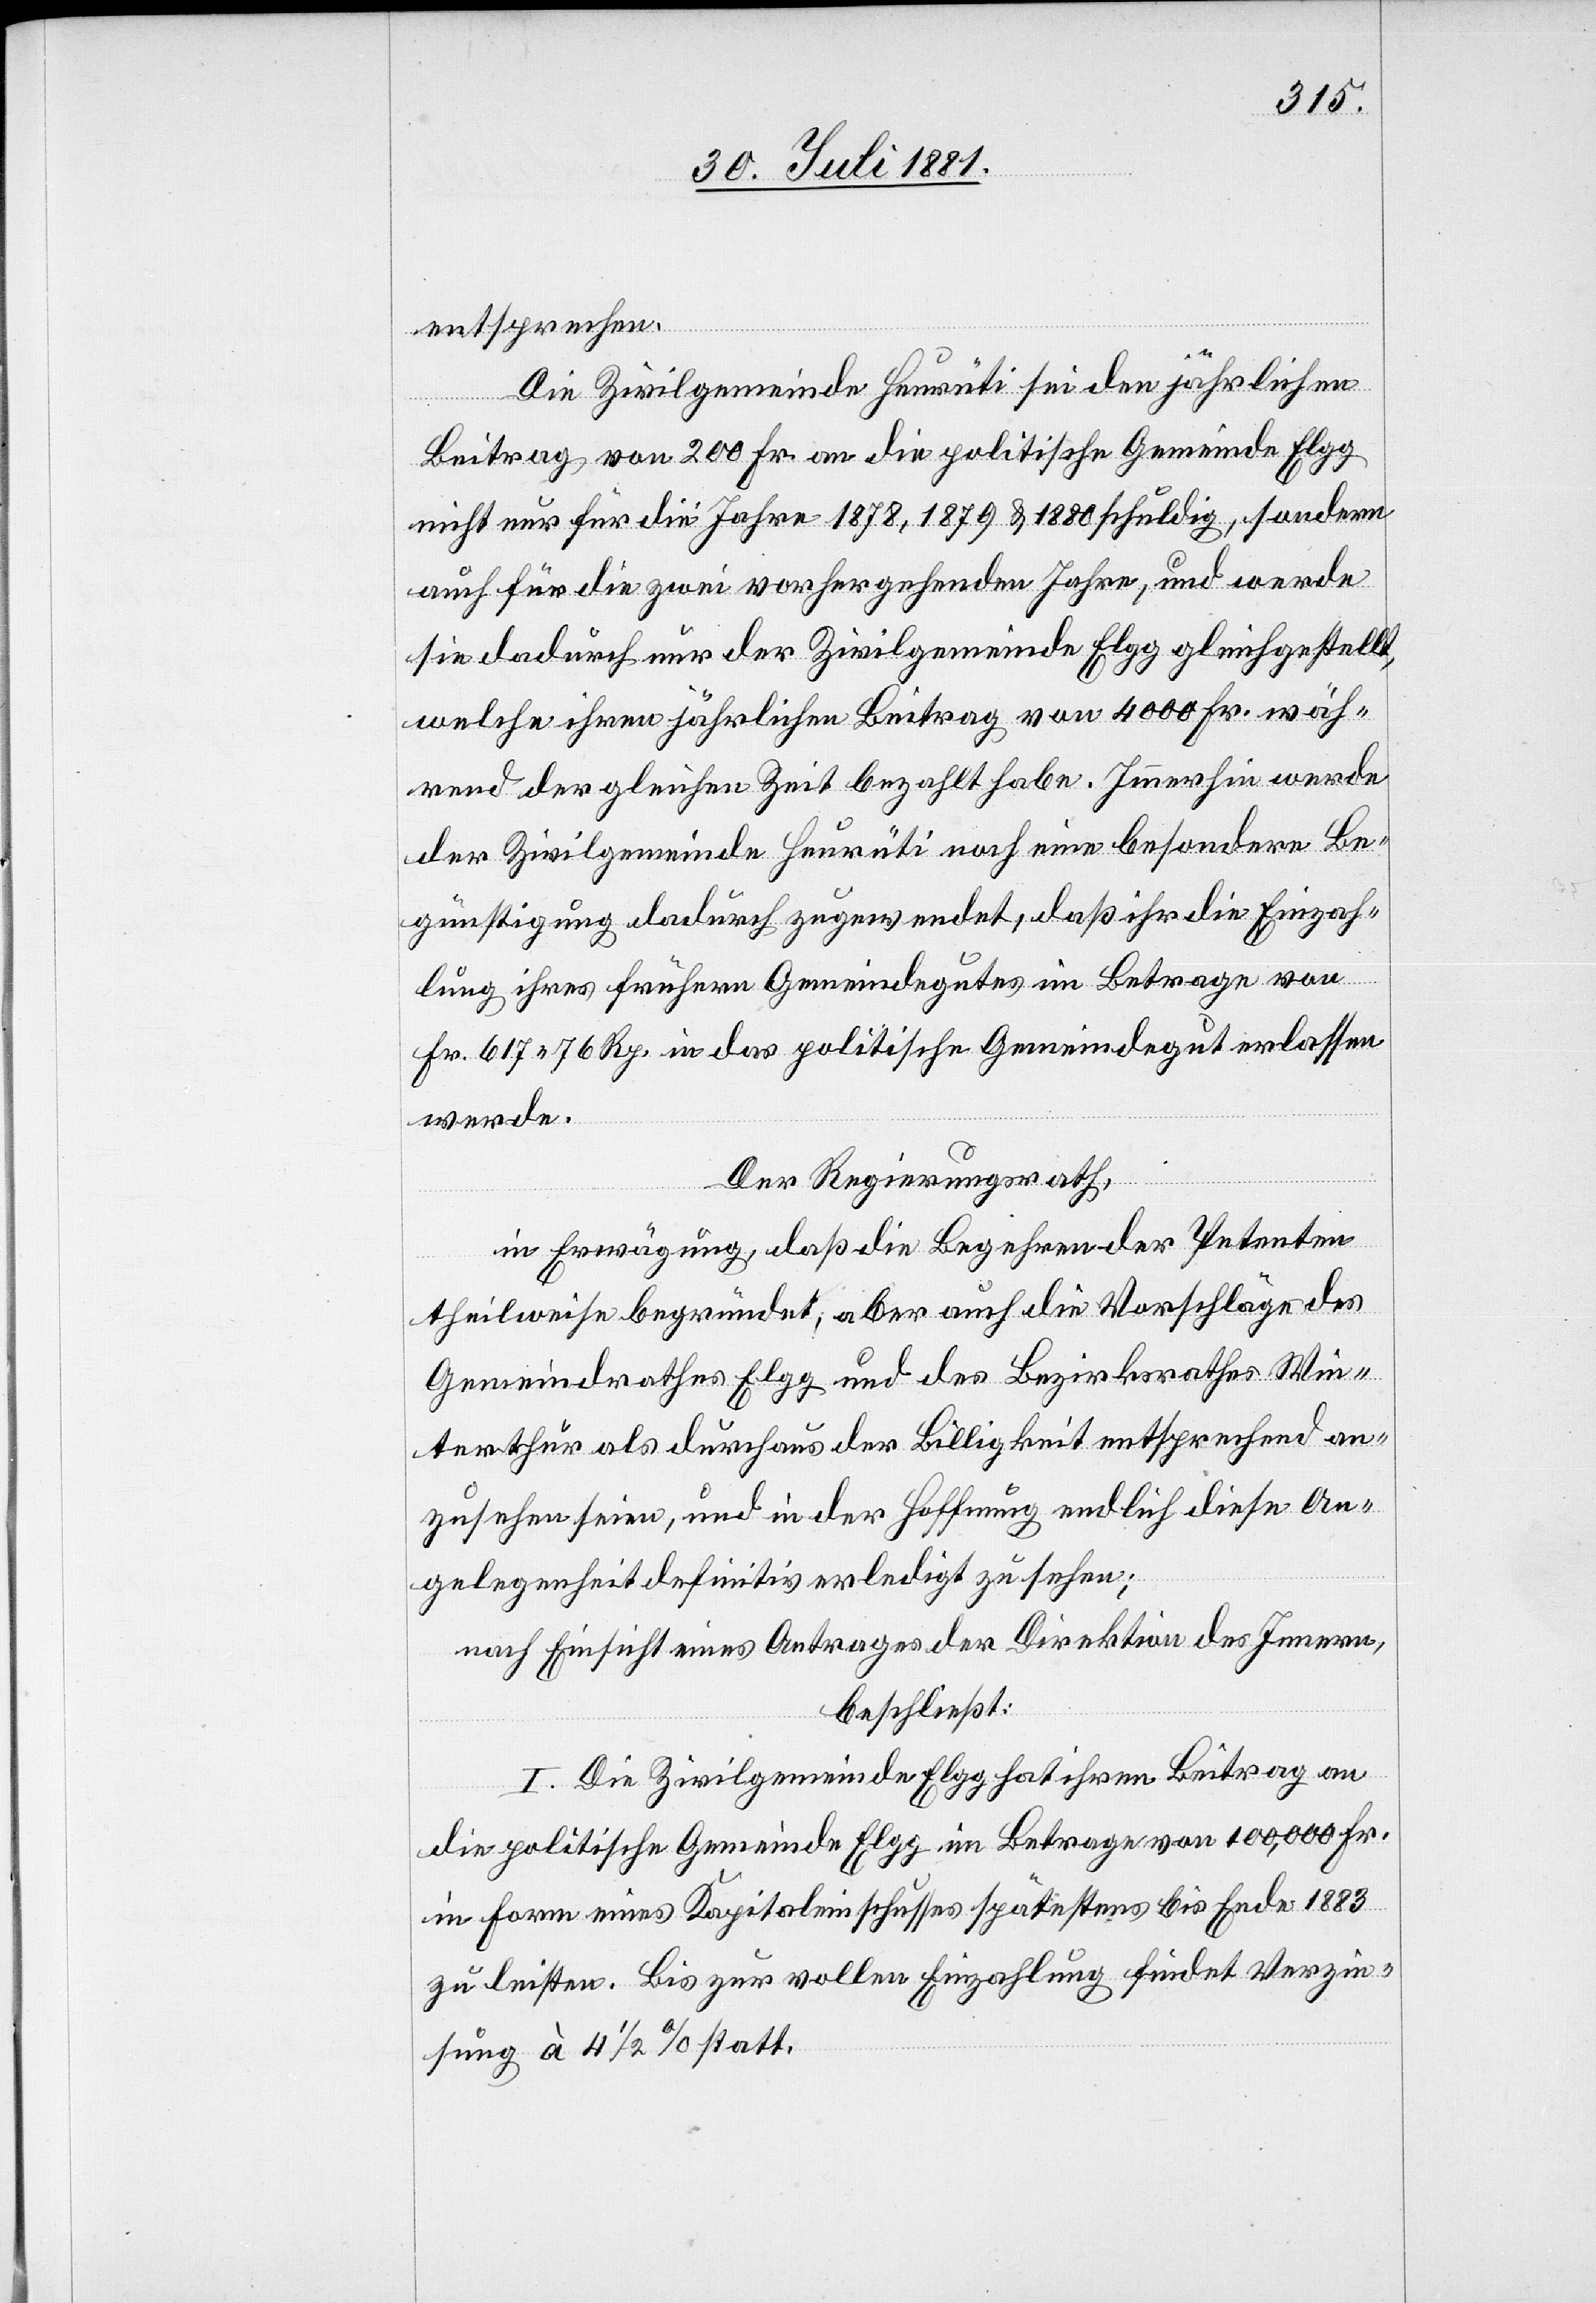
entsprechen.
Die Zivilgemeinde Heurüti sei den jährlichen
Beitrag von 200 Fr. an die politische Gemeinde Elgg
nicht nur für die Jahre 1878, 1879 & 1880 schuldig, sondern
auch für die zwei vorhergehenden Jahre, und werde
sie dadurch nur der Zivilgemeinde Elgg gleichgestellt,
welche ihren jährlichen Beitrag von 4000 Fr. wäh¬
rend der gleichen Zeit bezahlt habe. Immerhin werde
der Zivilgemeinde Heurüti noch eine besondere Be¬
günstigung dadurch zugewendet, daß ihr die Einzah¬
lung ihres frühern Gemeindegutes im Betrage von
Fr. 617 76 Rp. in das politische Gemeindegut erlassen
werde.
Der Regierungsrath,
in Erwägung, daß die Begehren der Petenten
theilweise begründet, aber auch die Vorschläge des
Gemeindrathes Elgg und des Bezirksrathes Win¬
terthur als durchaus der Billigkeit entsprechend an¬
zusehen seien, und in der Hoffnung endlich diese An¬
gelegenheit definitiv erledigt zu sehen;
nach Einsicht eines Antrages der Direktion des Innern,
beschließt:
I. Die Zivilgemeinde Elgg hat ihren Beitrag an
die politische Gemeinde Elgg im Betrage von 100,000 Fr.
in Form eines Kapitaleinschusses spätestens bis Ende 1883
zu leisten. Bis zur vollen Einzahlung findet Verzin¬
sung à 4 1/2% statt.